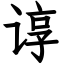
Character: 谆